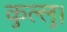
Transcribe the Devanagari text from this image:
कुल्‍लु।